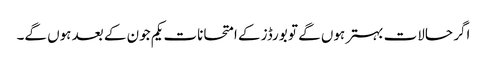
اگر حالات بہتر ہوں گے تو بورڈز کے امتحانات یکم جون کے بعد ہوں گے۔